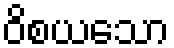
ဝိစယသော